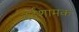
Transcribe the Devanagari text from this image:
दर्दशामक